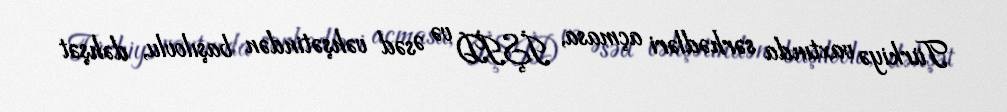
Türkiyə vaxtında sərhədləri açmasa, İŞİD və Əsəd vəhşətindən başılovlu, dəhşət